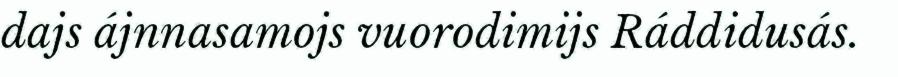
dajs ájnnasamojs vuorodimijs Ráddidusás.